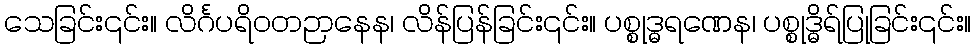
သေခြင်း၎င်း။ လိင်္ဂပရိဝတဉာနေန၊ လိန်ပြန်ခြင်း၎င်း။ ပစ္စုဒ္ဓရဏေန၊ ပစ္စုဒ္ဓိရ်ပြုခြင်း၎င်း။